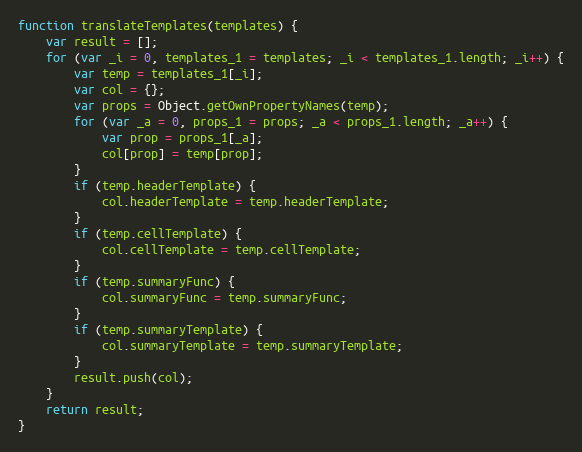
Language: JavaScript
function translateTemplates(templates) {
    var result = [];
    for (var _i = 0, templates_1 = templates; _i < templates_1.length; _i++) {
        var temp = templates_1[_i];
        var col = {};
        var props = Object.getOwnPropertyNames(temp);
        for (var _a = 0, props_1 = props; _a < props_1.length; _a++) {
            var prop = props_1[_a];
            col[prop] = temp[prop];
        }
        if (temp.headerTemplate) {
            col.headerTemplate = temp.headerTemplate;
        }
        if (temp.cellTemplate) {
            col.cellTemplate = temp.cellTemplate;
        }
        if (temp.summaryFunc) {
            col.summaryFunc = temp.summaryFunc;
        }
        if (temp.summaryTemplate) {
            col.summaryTemplate = temp.summaryTemplate;
        }
        result.push(col);
    }
    return result;
}